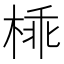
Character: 𣔪